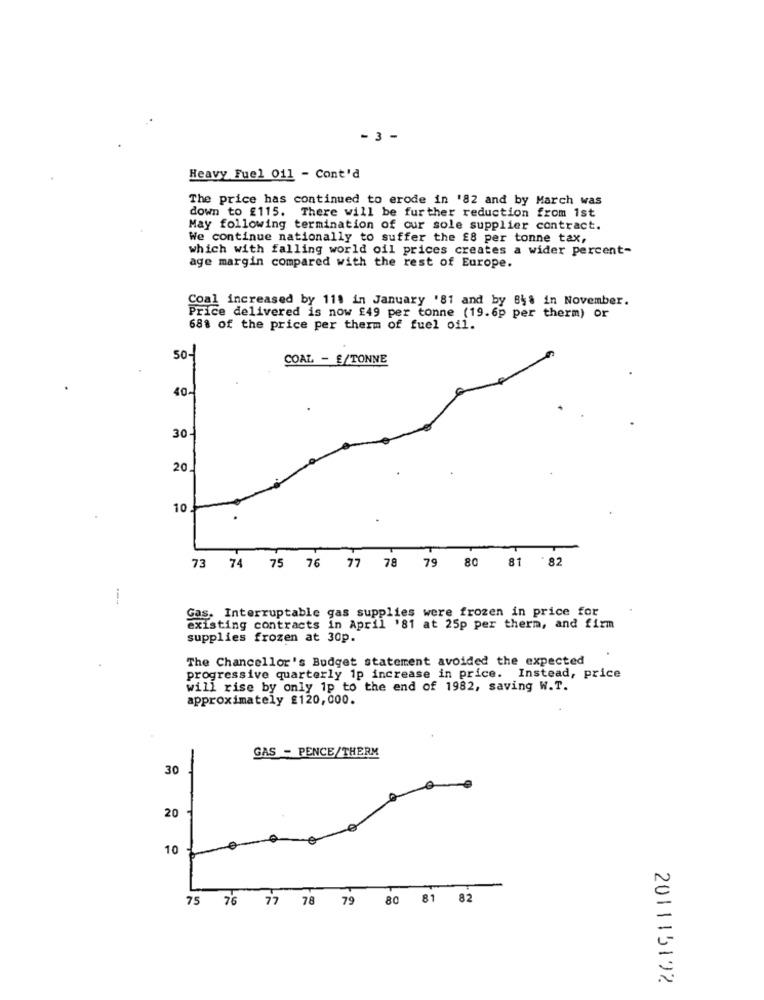
- 3 -
Heavy Fuel 011 - Cont'd
The price has continued to erode in '82 and by March was
down to £115. There will be further reduction from 1st
May following termination of our sole supplier contract.
We continue nationally to suffer the £8 per tonne tax,
which with falling world oil prices creates a wider percent-
age margin compared with the rest of Europe.
Coal increased by 111 in January '81 and by B4% in November.
Ice delivered is now £49 per tonne (19.6p per therm) or
68% of the price per therm of fuel oil.
50-
COAL - £/TONNE
40
30
20
10
73 74 75 76 77 78 79 80 81
.82
---
Gas. Interruptable gas supplies were frozen in price for
existing contracts in April '81 at 25p per therm, and firm
supplies frozen at 30p.
The Chancellor's Budget statement avoided the expected
progressive quarterly 1p increase in price. Instead, price
will rise by only 1p to the end of 1982, saving W.T.
approximately £120,000.
GAS - PENCE/THERM
30
20
10
75 76 77 78 79 80 81 82
201115192